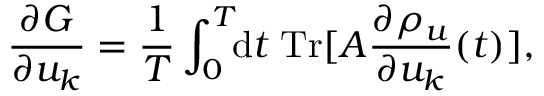
\frac { \partial G } { \partial u _ { k } } = \frac { 1 } { T } \int _ { 0 } ^ { T } \! \! \mathrm { d } t \; \mathrm { T r } [ A \frac { \partial \rho _ { u } } { \partial u _ { k } } ( t ) ] ,